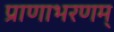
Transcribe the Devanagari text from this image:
प्राणाभरणम्‌